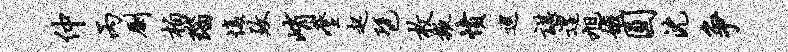
仲丙劂柏瑙愎致峭麈起琶枚掖愤巡谌遑旭娥圆沈争